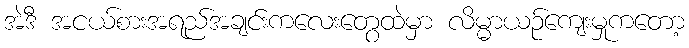
အဲဒီ အငယ်စားအရည်အချင်းကလေးတွေထဲမှာ လိမ္မာယဉ်ကျေးမှုကတော့